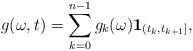
\begin{align*}g(\omega,t)=\sum_{k=0}^{n-1} g_k(\omega)\mathbf{1}_{(t_k,t_{k+1}]},\end{align*}